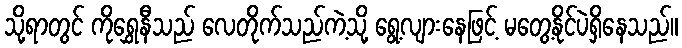
သို့ရာတွင် ကိုရွှေနီသည် လေတိုက်သည်ကဲ့သို့ ရွေ့လျားနေဖြင့် မတွေ့နိုင်ပဲရှိနေသည်။